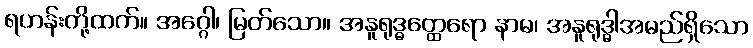
ရဟန်းတို့ထက်။ အဂ္ဂေါ၊ မြတ်သော။ အနူရုဒ္ဓတ္ထေရော နာမ၊ အနူရုဒ္ဓါအမည်ရှိသော